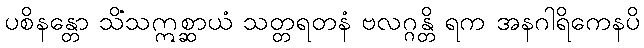
ပစိနန္တော သိံသဣစ္ဆာယံ သတ္တရတနံ ဗလဂ္ဂန္တိ ရက အနဂါရိကေနပိ